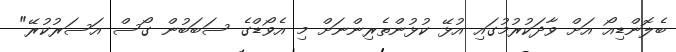
ބެލޮންޑިއޯ އަށް ވާދަކުރުމުގައި އުޅޭ ކުޅުންތެރިންނަށް މި އެވޯޑްގެ ސަބަބުން ގޯސް އަސަރުކުރޭ"